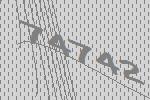
74742